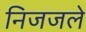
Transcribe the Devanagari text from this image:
निजजले